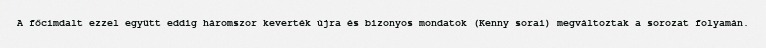
A főcímdalt ezzel együtt eddig háromszor keverték újra és bizonyos mondatok (Kenny sorai) megváltoztak a sorozat folyamán.